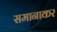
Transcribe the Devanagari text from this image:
समानाकर